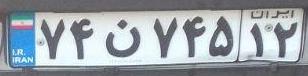
۷۴ن۷۴۵۱۲